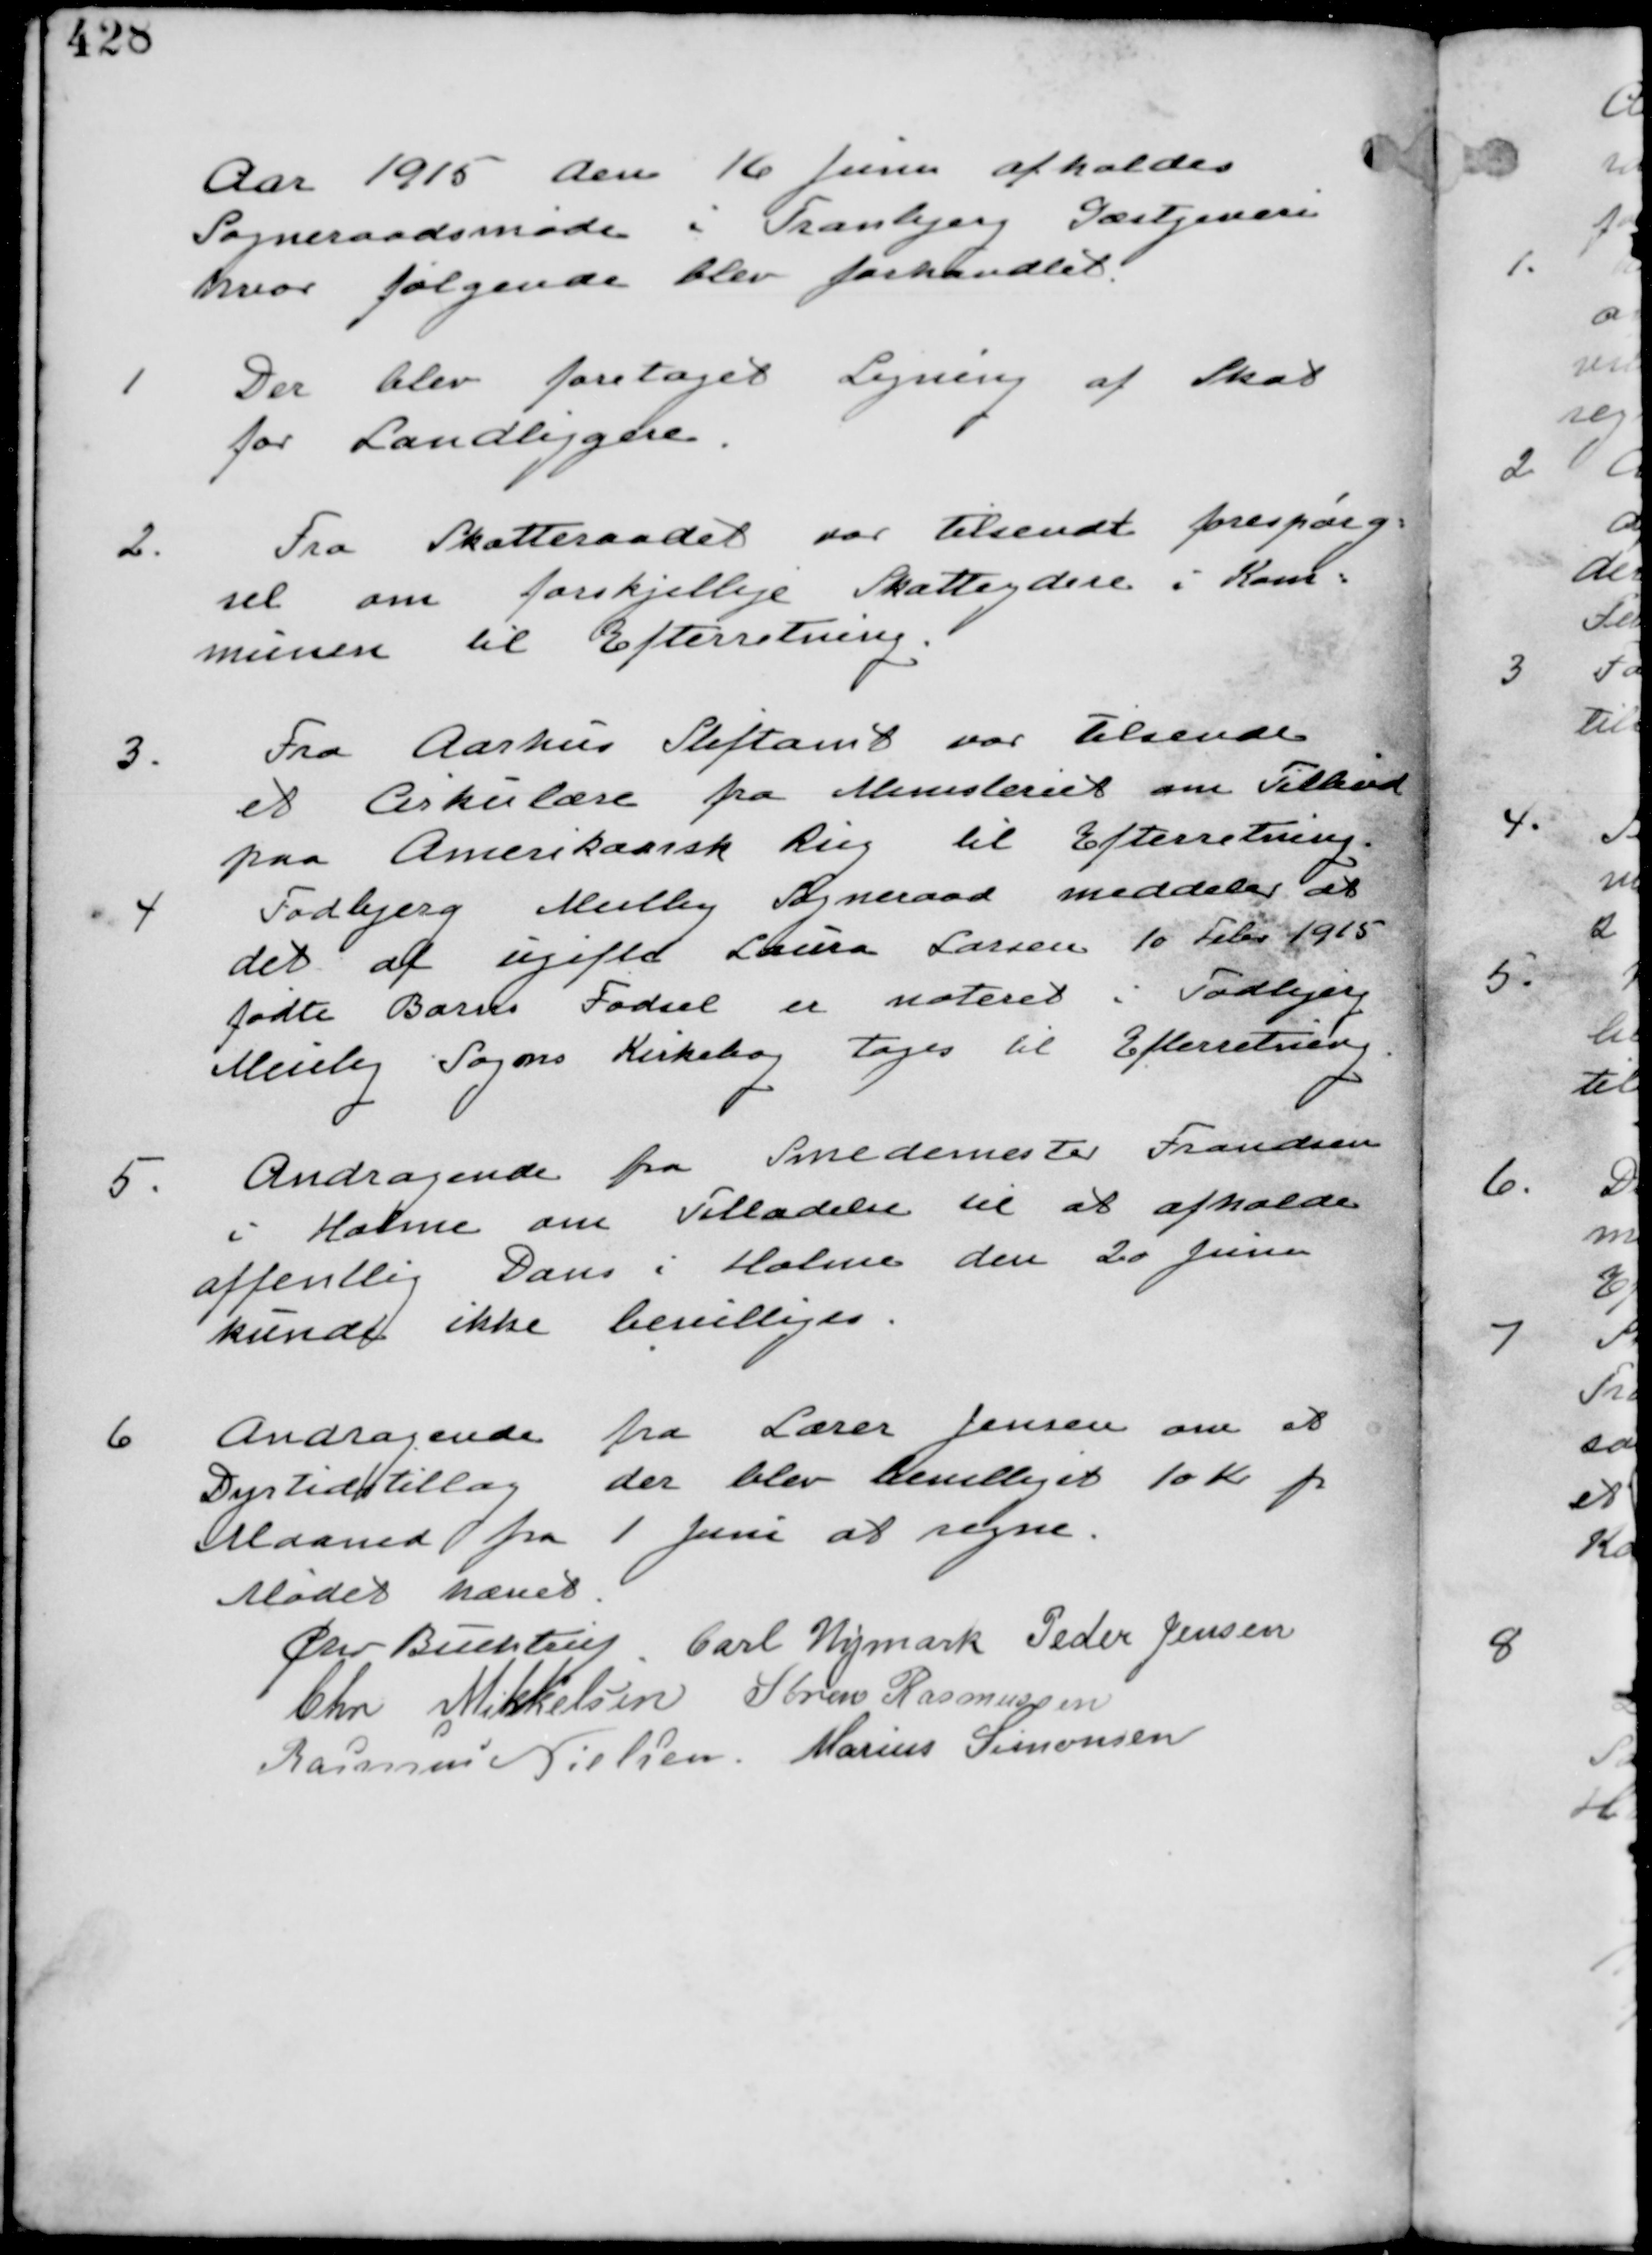
Transskription:
Aar 1915 den 16 Juni afholdes
Sogneraadsmøde i Tranbjerg Gæstgiveri
hvor følgende blev forhandlet.

1.
Der blev foretaget Ligning af Skat
for Landliggere.

2.
Fra Skatteraadet var tilsendt forespørg-
sel om forskjellige Skatteydere i Kom-
munen til Efterretning.

3.
Fra Aarhus Stiftamt var tilsendt
et Cirkulære fra Ministeriet om Tilskud
paa Amerikansk Rug til Efterretning.

4
Todbjerg Meilby Sogneraad Meddeler at
det af ugifte Laura Larsen 10 Febr 1915
fødte Barns Fødsel er noteret i Todbjerg
Meilby Sogns Kirkebog tages til Efterretning.

5.
Andragende fra Smedemester Frandsen
i Holme om Tilladelse til at afholde
offentlig Dans i Holme den 20 Juni
kunde ikke bevilliges.

6
Andragende fra Lærer Jensen om et
Dyrtidstillæg der blev bevilliget 10 Kr p
Maaned fra 1 Juni at regne.

Mødet hævet
Chr Buchtrup Carl Nymark Peder Jensen
Chr Mikkelsen Søren Rasmussen
Rasmus Nielsen Marius Simonsen